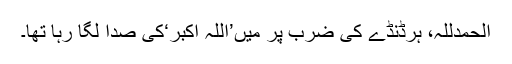
الحمدللہ، ہرڈنڈے کی ضرب پر مَیں’اللہ اکبر‘کی صدا لگا رہا تھا۔